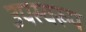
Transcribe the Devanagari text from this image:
उपस्वरूप